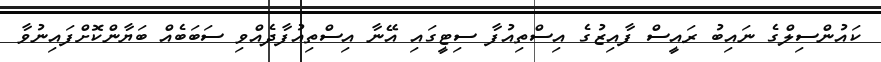
ކައުންސިލްގެ ނައިބު ރައީސް ފާއިޒުގެ އިސްތިއުފާ ސިޓީގައި އޭނާ އިސްތިއުފާދެއްވި ސަބަބެއް ބަޔާންކޮށްފައިނުވާ